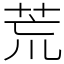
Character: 荒